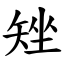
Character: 矬